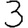
Digit: 3